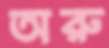
অরু